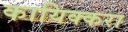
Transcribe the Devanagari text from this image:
कायिक्करा